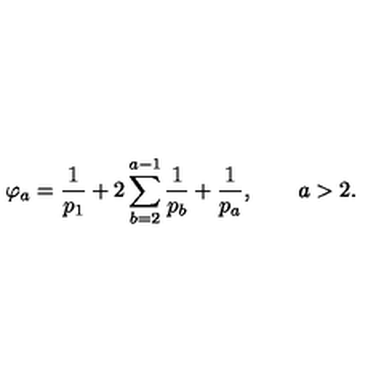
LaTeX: \varphi _ { a } = \frac { 1 } { p _ { 1 } } + 2 \sum _ { b = 2 } ^ { a - 1 } \frac { 1 } { p _ { b } } + \frac { 1 } { p _ { a } } , \qquad a > 2 .